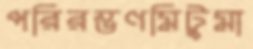
পরিরম্ভণমিটুমা